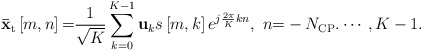
\begin{align*} {{\bf{\bar x}}_{\rm t}}\left[m, n \right] {\rm =} \frac{1}{\sqrt K }\sum\limits_{k = 0}^{K-1} {{{\bf{u}}_k}s\left[m, k \right]{e^{j\frac{{2\pi }}{K}kn}}},\ n {\rm =} - {{N}_{\rm CP }}. \cdots ,K - 1. \end{align*}